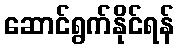
ဆောင်ရွက်နိုင်ရန်